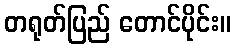
တရုတ်ပြည် တောင်ပိုင်း။